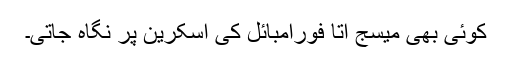
کوئی بھی میسج آتا فوراََمبائل کی اسکرین پر نگاہ جاتی۔